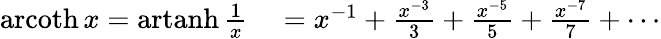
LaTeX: \begin{array}{rl}{\operatorname{arcoth}x=\operatorname{artanh}{\frac{1}{x}}}&{{}=x^{-1}+{\frac{x^{-3}}{3}}+{\frac{x^{-5}}{5}}+{\frac{x^{-7}}{7}}+\cdots}\end{array}